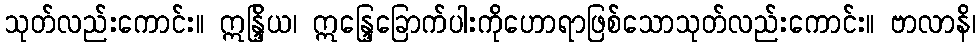
သုတ်လည်းကောင်း။ ဣန္ဒြိယ၊ ဣန္ဒြေခြောက်ပါးကိုဟောရာဖြစ်သောသုတ်လည်းကောင်း။ ဗာလာနိ၊